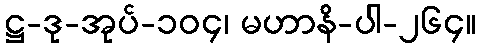
ဋ္ဌ-ဒု-အုပ်-၁၀၄၊ မဟာနိ-ပါ-၂၆၄။